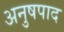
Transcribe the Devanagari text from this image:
अनुषपाद